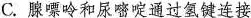
C.腺嘌呤和尿嘧啶通过氢键连接